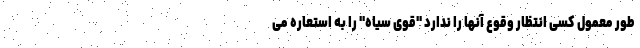
طور معمول کسی انتظار وقوع آنها را ندارد "قوی سیاه" را به استعاره می